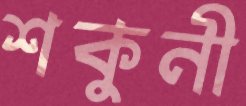
শকুনী